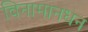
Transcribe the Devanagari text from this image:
विनामानधन